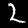
Label: 2